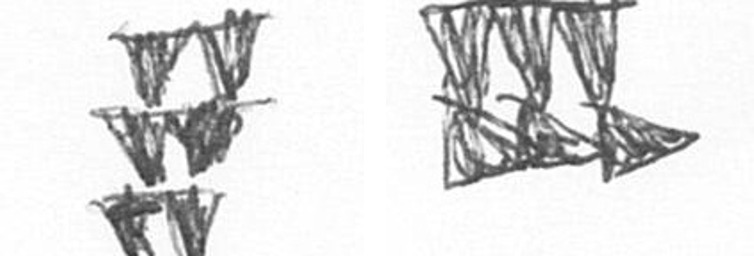
Y D